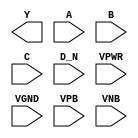
module sky130_fd_sc_ms__nor4b (
    Y   ,
    A   ,
    B   ,
    C   ,
    D_N ,
    VPWR,
    VGND,
    VPB ,
    VNB
);

    output Y   ;
    input  A   ;
    input  B   ;
    input  C   ;
    input  D_N ;
    input  VPWR;
    input  VGND;
    input  VPB ;
    input  VNB ;
endmodule